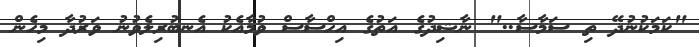
"ކަމަކުނުދޭ ތި ސަމާސާ.." ނާޝިދުގެ އަތުގެ އިހްސާސް ވުމާއެކު އެނބުރިލެވުނު ވަރުދާ މިހެން